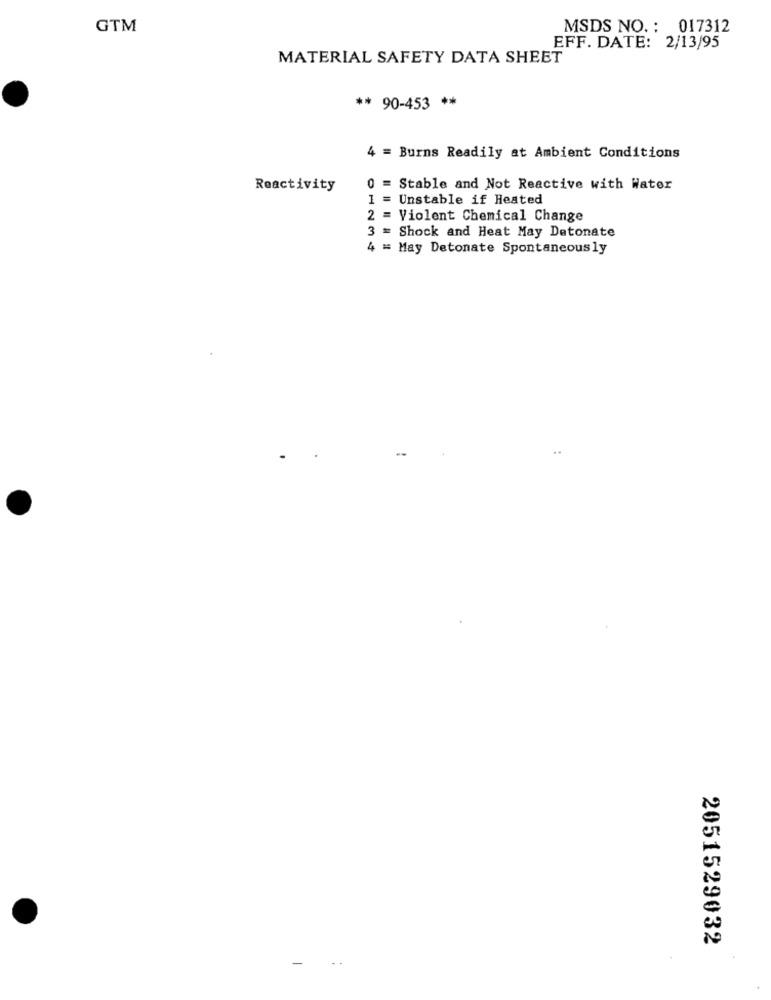
GTM
MSDS NO. : 017312
EFF. DATE: 2/13/95
MATERIAL SAFETY DATA SHEET
** 90-453 **
4 = Burns Readily at Ambient Conditions
Reactivity
0 = Stable and Not Reactive with Water
1 = Unstable if Heated
2 = Violent Chemical Change
3 = Shock and Heat May Detonate
4 = May Detonate Spontaneously
2051529032